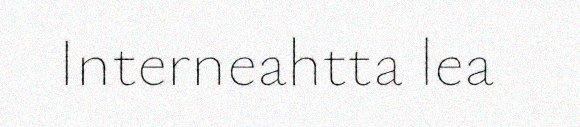
Interneahtta lea